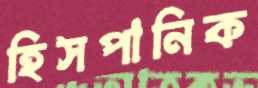
হিসপানিক